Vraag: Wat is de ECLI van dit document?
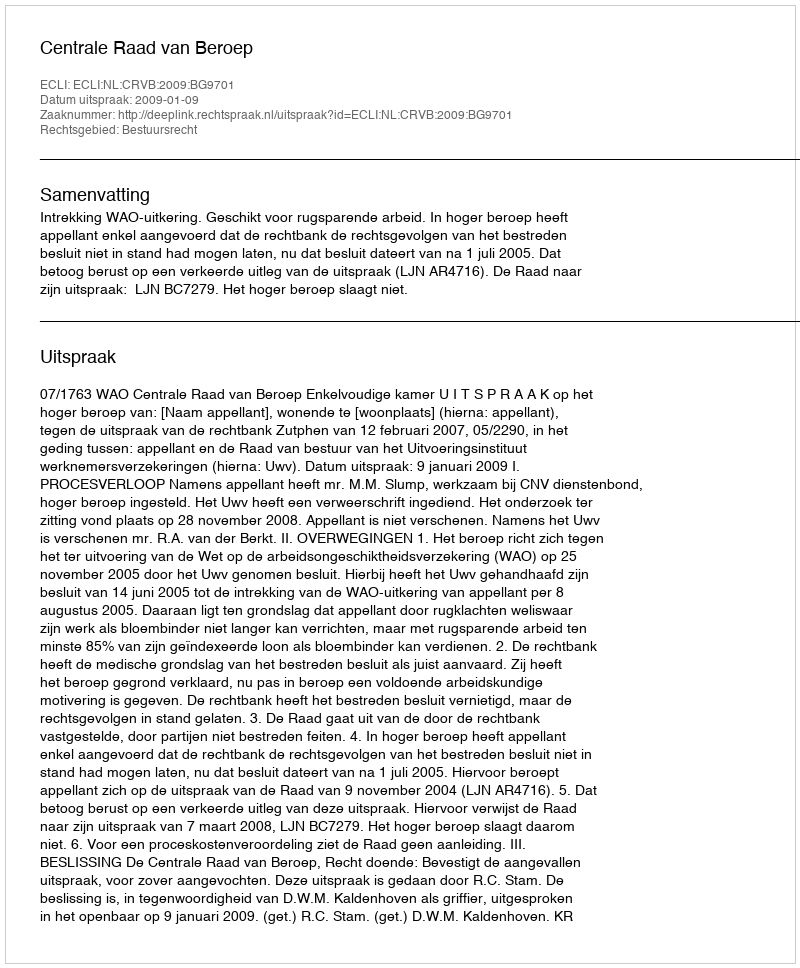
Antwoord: ECLI:NL:CRVB:2009:BG9701